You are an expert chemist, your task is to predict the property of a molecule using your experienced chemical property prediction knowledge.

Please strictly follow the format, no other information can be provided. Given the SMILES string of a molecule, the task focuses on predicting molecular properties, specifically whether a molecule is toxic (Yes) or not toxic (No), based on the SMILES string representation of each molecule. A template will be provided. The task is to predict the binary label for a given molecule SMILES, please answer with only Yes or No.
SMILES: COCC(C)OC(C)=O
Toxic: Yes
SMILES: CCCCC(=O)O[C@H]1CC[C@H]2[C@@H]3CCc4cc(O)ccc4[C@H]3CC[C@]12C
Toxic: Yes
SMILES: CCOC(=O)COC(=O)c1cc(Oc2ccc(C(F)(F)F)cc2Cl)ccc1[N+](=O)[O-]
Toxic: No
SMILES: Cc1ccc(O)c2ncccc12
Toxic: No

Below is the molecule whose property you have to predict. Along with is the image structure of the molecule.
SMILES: CC(CCC(=O)O)C(=O)O
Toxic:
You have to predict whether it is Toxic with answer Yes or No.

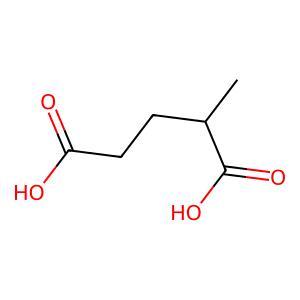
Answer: No